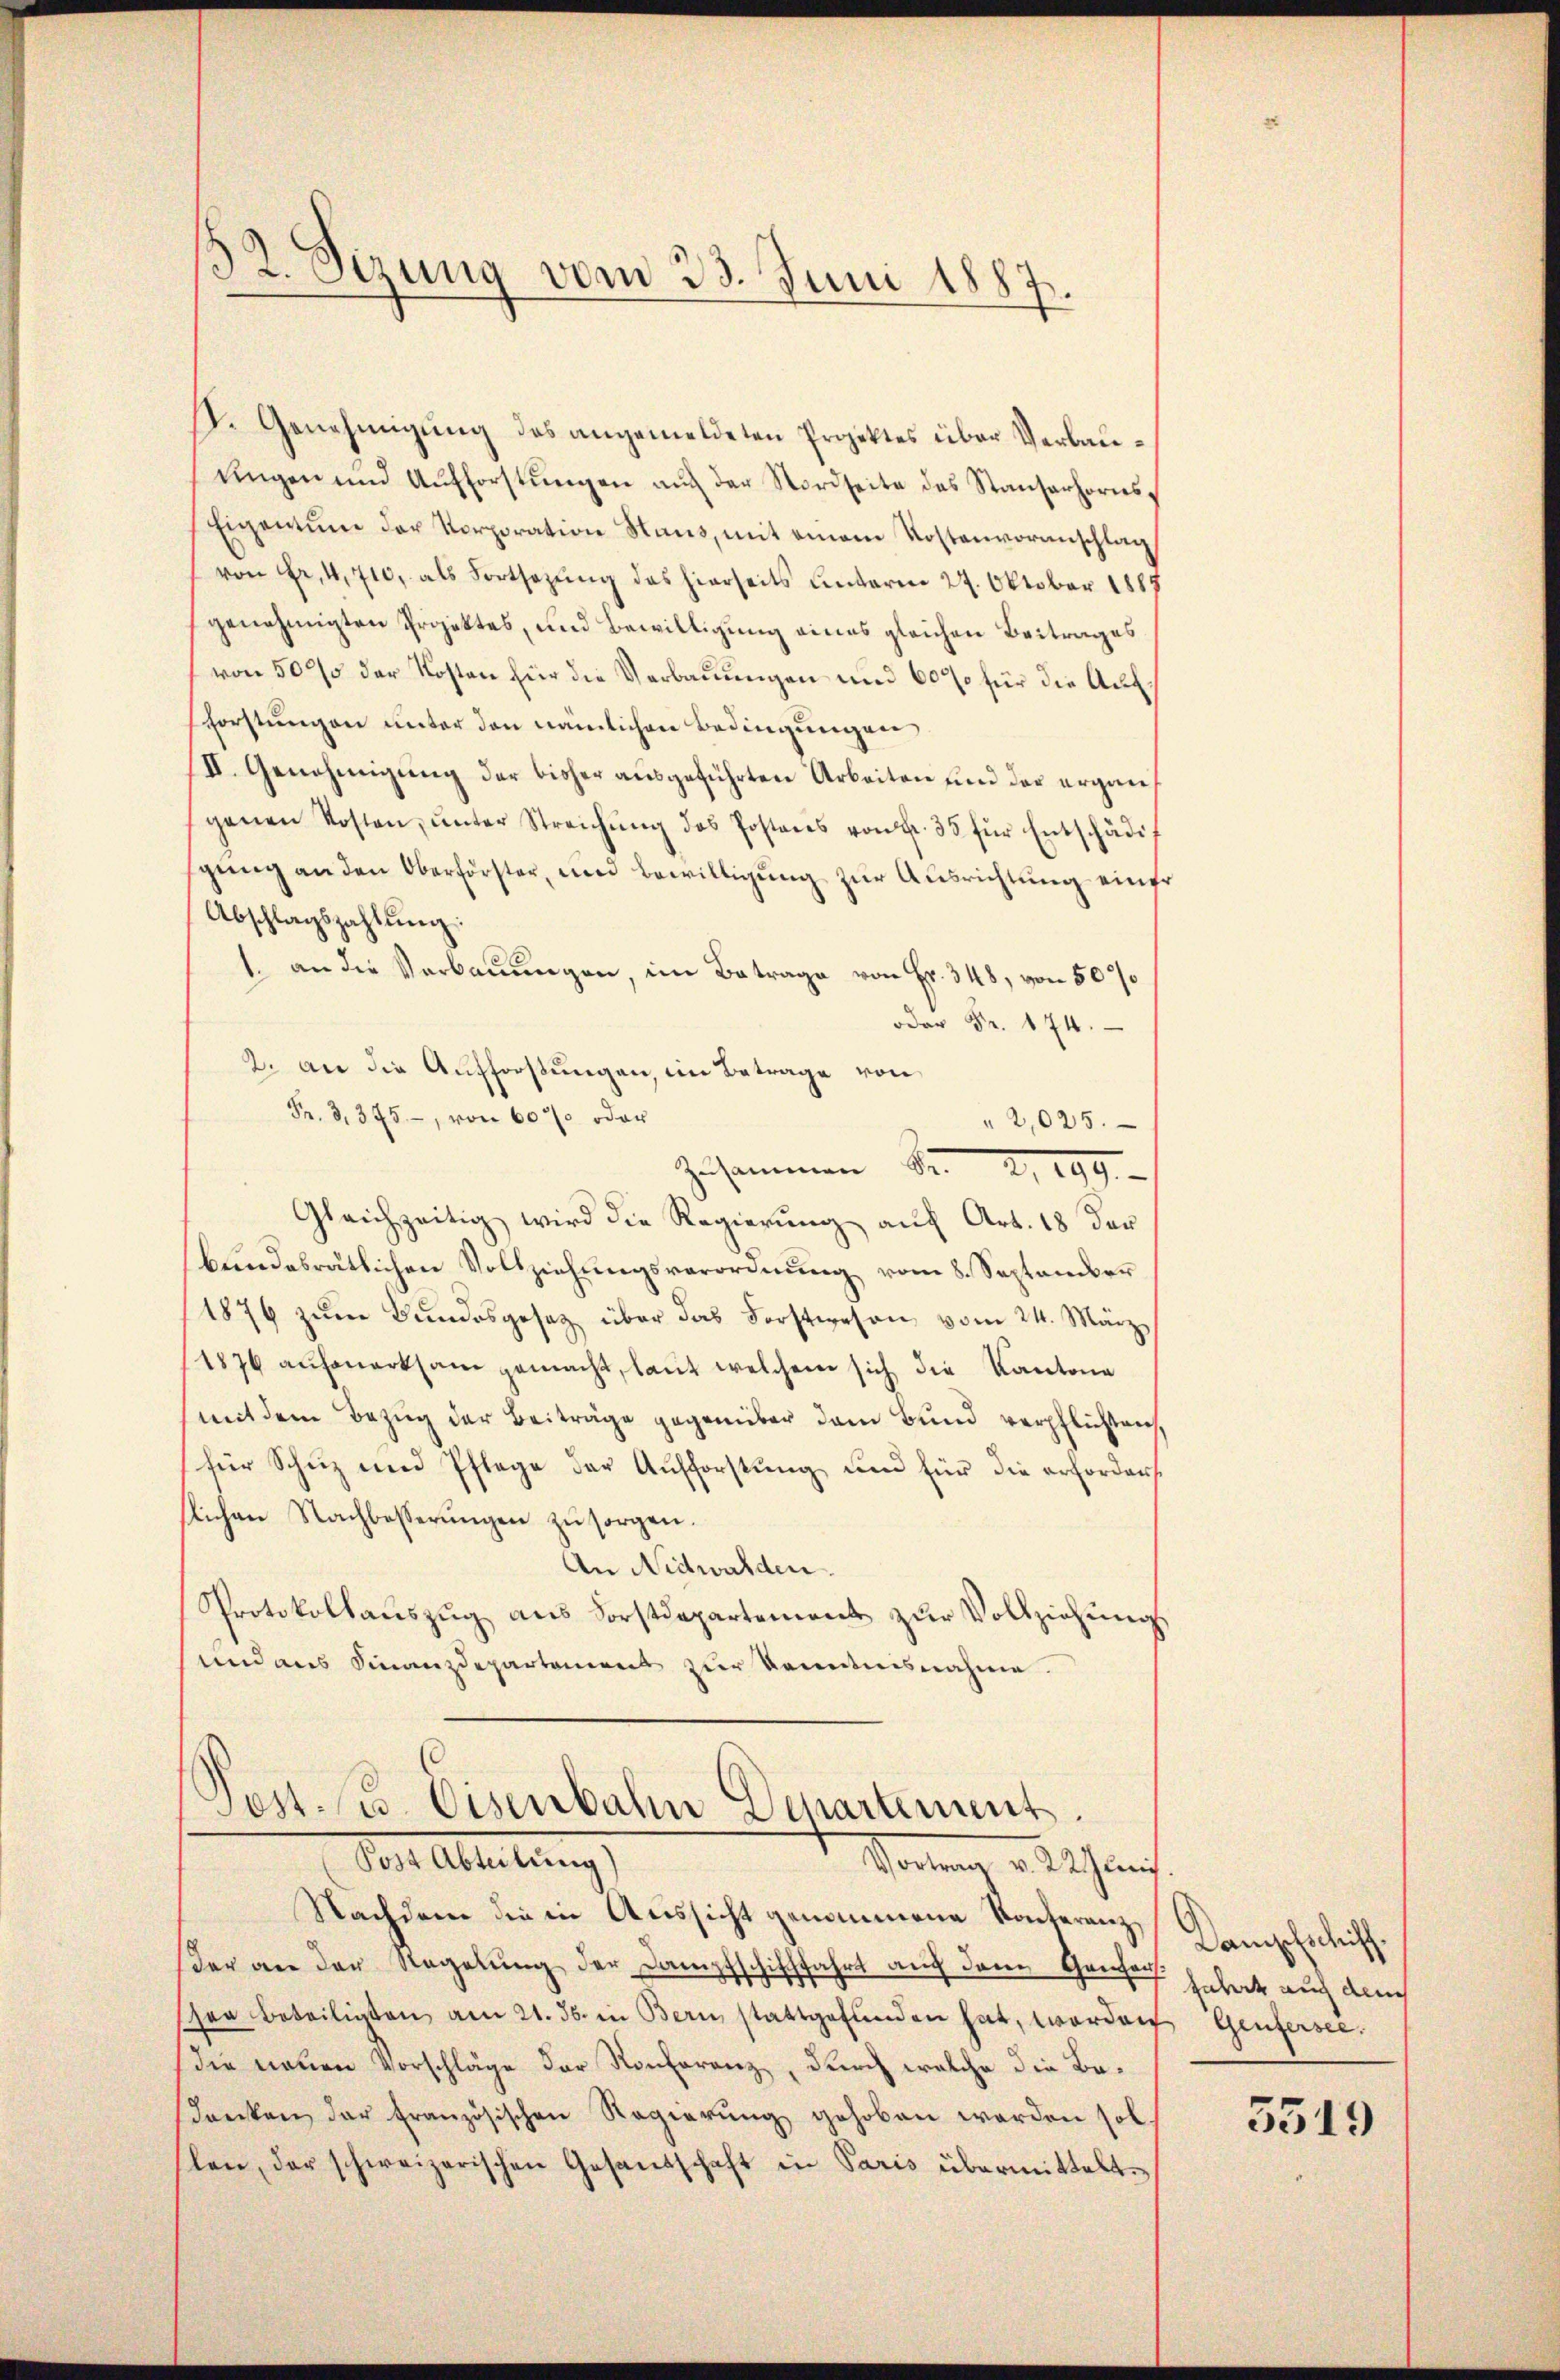
52. Sizung vom 23. Juni 1887.

I. Genehmigung des angemeldeten Projektes über Verbauungen und Aufforstungen auch der Nordseite des Stauserhorns¬
Eigentum der Korporation Staus, mit einem Kostenvoranschlag
von Fr. 4, 710, als Fortsezung des hierseits unterm 27. Oktober 1887
genehmigten Projektes, und Bewilligung eines gleichen Beitrages
von 5000 der Kosten für die Verbauungen und 60% für die Aufforstungen unter den nämlichen Bedingungen
II. Genehmigung der bisher ausgeführten Arbeiten und der ergangenen Kosten, ŭnter Streichŭng des Postens von fr. 35 für Entschädi
gŭng an den Oberförster, und bewilligung zur Ausrichtung einer
Abschlagszahlŭng.
1. an die Verbauungen, im Betrage von Fr. 348, von 50%
oder Fr. 174.
2. an die Aufforstungen, im Betrage von
Fr. 3. 345, von 60% oder
" 2,025.
Zusammen S. 2, 199.
Gleichzeitig wird die Regierŭng auf Art. 18 der
bŭndesrätlichen Vollziehungsverordnŭng vom 8. September
1876 zum Bundesgesetz über das Forstwesen vom 24. März
1876 aufmerksam gemacht, laut welchem sich die Kantone
(mit dem Bezug der Beiträge gegenüber dem Bund verpflichten,
(für Schuz und Pflege der Aufforstung und für die erforders
slichen Nachbesserungen zu sorgen.
An Nidwalden.
Protokollauszug aus Forstdepartement zur Vollziehungs
und aus Finanzdepartement zur Kenntnisnahme.

Post. C. Eisenbahn Departement.
Post Abteilung
Portung 3. Jan.

Nachdem die in Aussicht genommene Konteranzder an der Regelung der Dampfschifffahrt auf dem Genach gehet auch dach
sen Beteiligten am 21. ds. in Bern stattgefunden hat, worden Genfersee.
die neuen Vorschläge der Konferenz, durch welche die Bedenken der französischen Regierŭng gehoben werden sol.
len, der schweizerischen Gesandschaft in Paris übermittelte

Dampfschiff.

3519